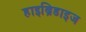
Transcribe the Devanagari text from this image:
हाइब्रिडाइज